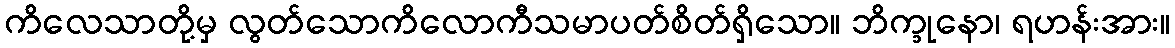
ကိလေသာတို့မှ လွတ်သောကိလောကီသမာပတ်စိတ်ရှိသော။ ဘိက္ခုနော၊ ရဟန်းအား။